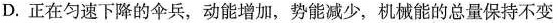
D.正在匀速下降的伞兵，动能增加，势能减少，机械能的总量保持不变